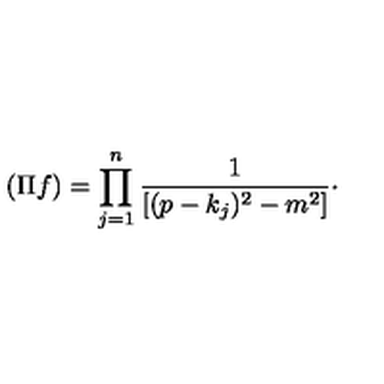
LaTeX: ( \Pi f ) = \prod _ { j = 1 } ^ { n } \frac { 1 } { [ ( p - k _ { j } ) ^ { 2 } - m ^ { 2 } ] } \cdot